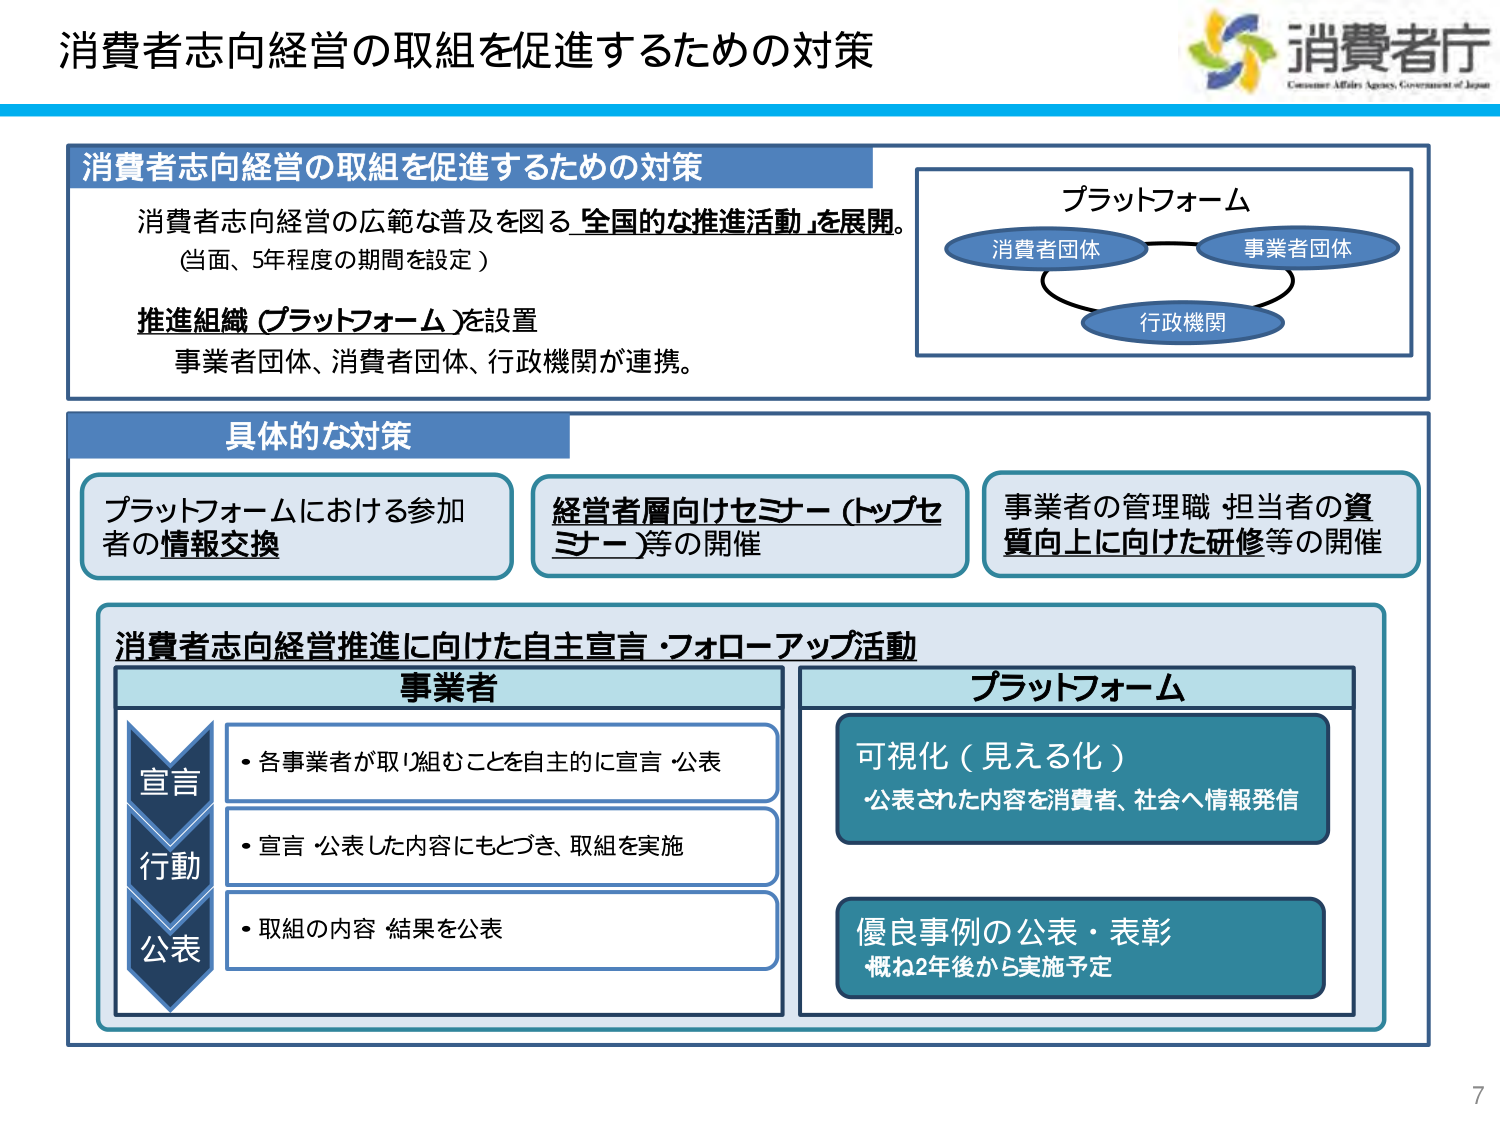
消費者志向経営の取組を促進するための対策

消費者庁
Consumer Affairs Agency, Government of Japan

消費者志向経営の取組を促進するための対策
消費者志向経営の広範な普及を図る「全国的な推進活動」を展開。
（当面、5年程度の期間を設定）

推進組織（プラットフォーム）を設置
事業者団体、消費者団体、行政機関が連携。

プラットフォーム
消費者団体
事業者団体
行政機関

具体的な対策
プラットフォームにおける参加者の情報交換
経営者層向けセミナー（トップセミナー）等の開催
事業者の管理職・担当者の資質向上に向けた研修等の開催

消費者志向経営推進に向けた自主宣言・フォローアップ活動

事業者
宣言
行動
公表
・各事業者が取り組むことを自主的に宣言・公表
・宣言・公表した内容にもとづき、取組を実施
・取組の内容・結果を公表

プラットフォーム
可視化（見える化）
公表された内容を消費者、社会へ情報発信

優良事例の公表・表彰
概ね2年後から実施予定

7